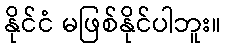
နိုင်ငံ မဖြစ်နိုင်ပါဘူး။